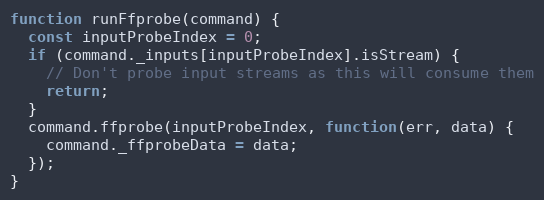
Language: JavaScript
function runFfprobe(command) {
  const inputProbeIndex = 0;
  if (command._inputs[inputProbeIndex].isStream) {
    // Don't probe input streams as this will consume them
    return;
  }
  command.ffprobe(inputProbeIndex, function(err, data) {
    command._ffprobeData = data;
  });
}